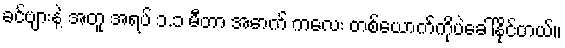
ခင်ဗျားနဲ့ အတူ အရပ် ၁.၁ မီတာ အောက် ကလေး တစ်ယောက်ကိုပဲခေါ်နိုင်တယ်။